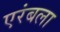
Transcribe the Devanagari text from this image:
एरंबला